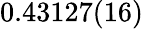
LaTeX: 0.43127(16)